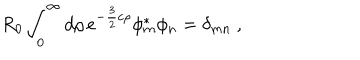
R _ { 0 } \int _ { 0 } ^ { \infty } d \rho \, e ^ { - \frac { 3 } { 2 } c \rho } \phi _ { m } ^ { \ast } \phi _ { n } = \delta _ { m n } ~ ,